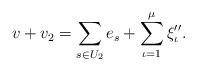
LaTeX: \begin{align*}v+v_2=\sum_{s\in U_2}e_s + \sum_{\iota=1}^\mu \xi''_{\iota} .\end{align*}